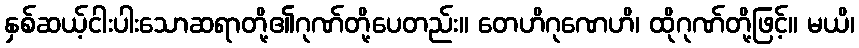
နှစ်ဆယ့်ငါးပါးသောဆရာတို့၏ဂုဏ်တို့ပေတည်း။ တေဟိဂုဏေဟိ၊ ထိုဂုဏ်တို့ဖြင့်။ မယိ၊